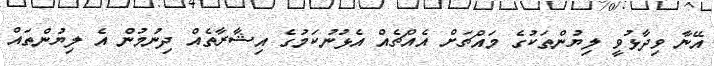
އޭނާ ވިދާޅުވީ ލިޔުންތަކުގެ މައްޗަށް އެއްޗެއް އެޅުނުކަމުގެ އިޝާރާތެއް ދިނުމުން އެ ލިޔުންތައް